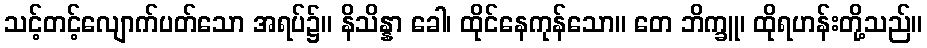
သင့်တင့်လျောက်ပတ်သော အရပ်၌။ နိသိန္နာ ခေါ၊ ထိုင်နေကုန်သော။ တေ ဘိက္ခူ၊ ထိုရဟန်းတို့သည်။